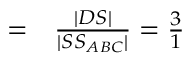
\begin{array} { r l } { = } & { { } { \frac { | D S | } { | S S _ { A B C } | } } = { \frac { 3 } { 1 } } } \end{array}